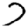
Digit: 7